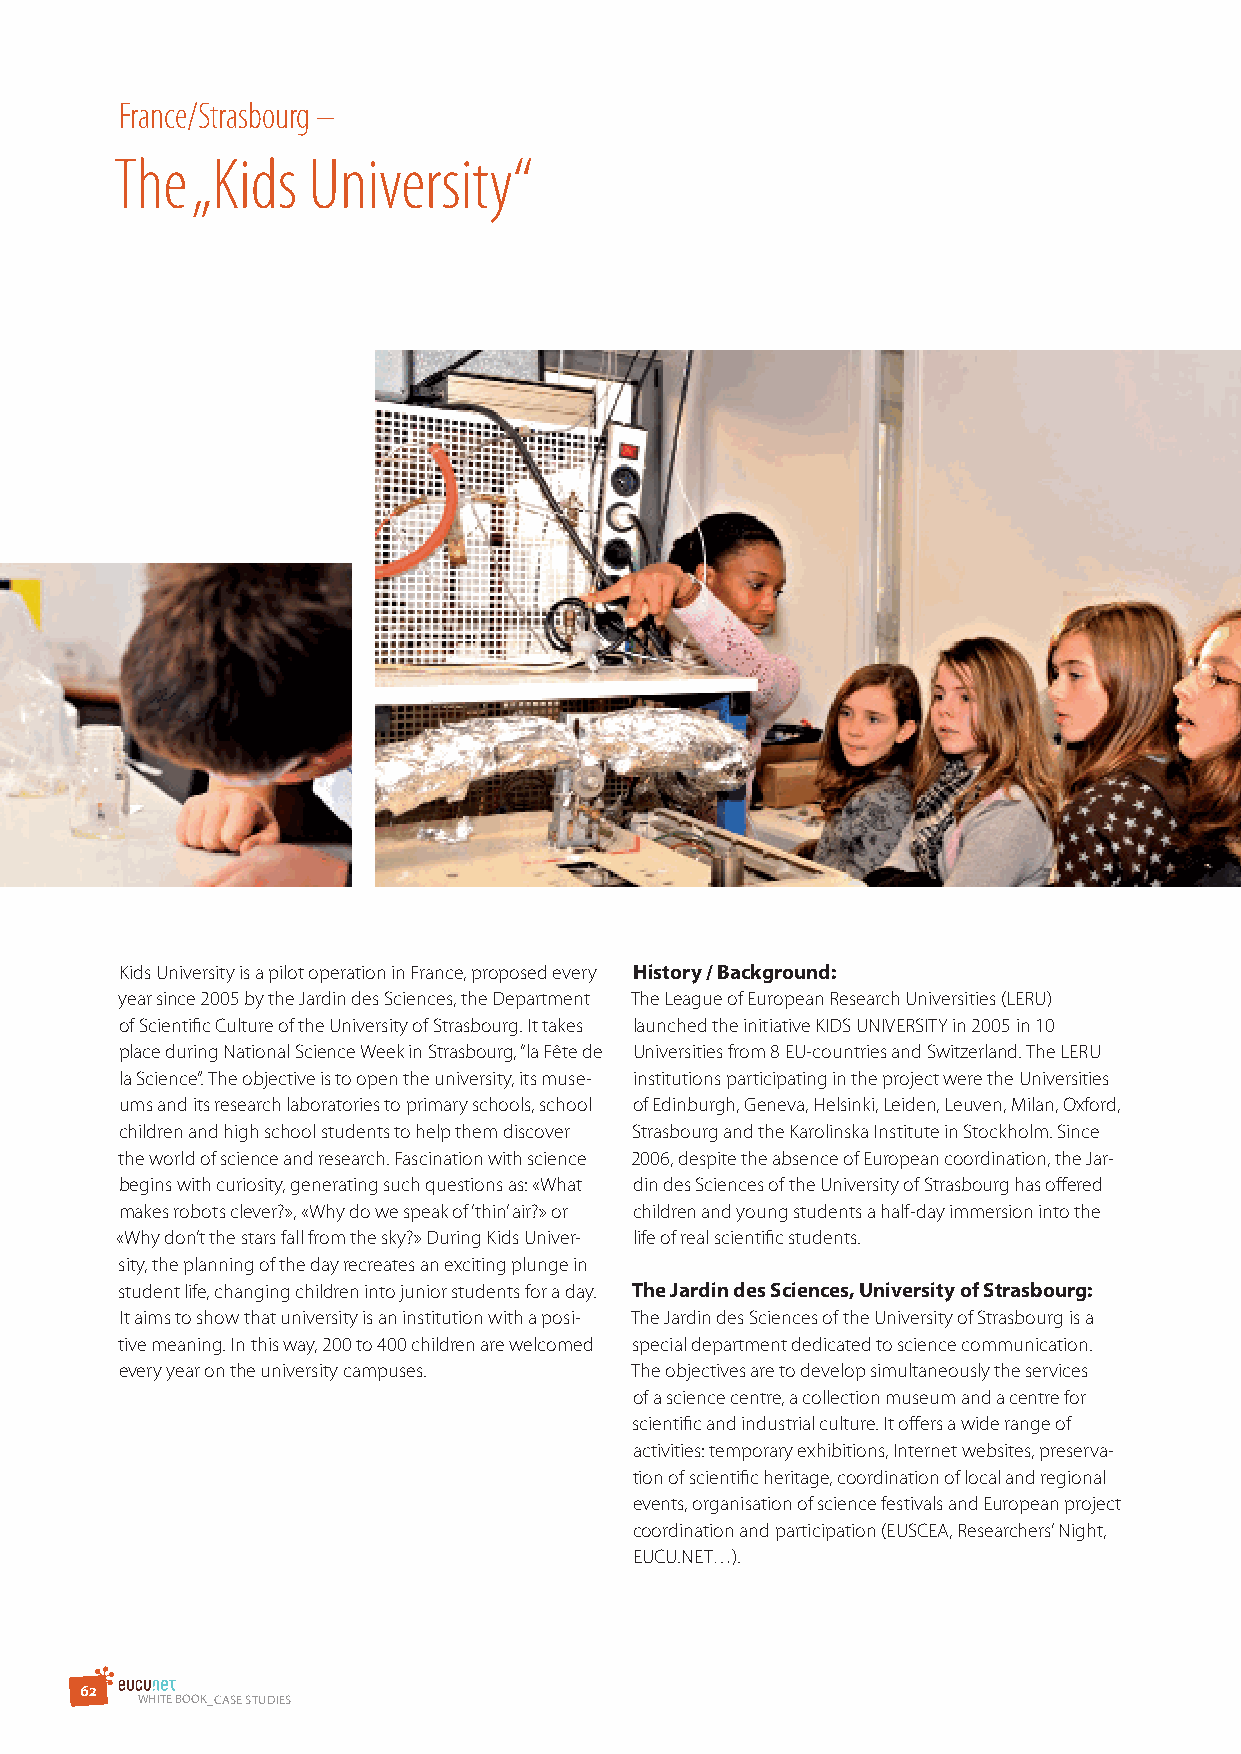
France/Strasbourg –
 The  „Kids  University“
 Kids University is a pilot operation in France, proposed every history / Background:
 year since 2005 by the Jardin des Sciences, the Department The League of European Research Universities (LERU)
 of Scientific Culture of the University of Strasbourg. It takes launched the initiative KIDS UNIVERSITY in 2005 in 10
 place during National Science Week in Strasbourg, “la Fête de Universities from 8 EU-countries and Switzerland. The LERU
 la Science”. The objective is to open the university, its muse- institutions participating in the project were the Universities
 ums and its research laboratories to primary schools, school of Edinburgh, Geneva, Helsinki, Leiden, Leuven, Milan, Oxford,
 children and high school students to help them discover Strasbourg and the Karolinska Institute in Stockholm. Since
 the world of science and research. Fascination with science 2006, despite the absence of European coordination, the Jar-
 begins with curiosity, generating such questions as: «What din des Sciences of the University of Strasbourg has offered
 makes robots clever?», «Why do we speak of ‘thin’ air?» or children and young students a half-day immersion into the
 «Why don’t the stars fall from the sky?» During Kids Univer- life of real scientific students.
 sity, the planning of the day recreates an exciting plunge in
 student life, changing children into junior students for a day. The Jardin des sciences, University of strasbourg:
 It aims to show that university is an institution with a posi- The Jardin des Sciences of the University of Strasbourg is a
 tive meaning. In this way, 200 to 400 children are welcomed special department dedicated to science communication.
 every year on the university campuses. The objectives are to develop simultaneously the services
 of a science centre, a collection museum and a centre for
 scientific and industrial culture. It offers a wide range of
 activities: temporary exhibitions, Internet websites, preserva-
 tion of scientific heritage, coordination of local and regional
 events, organisation of science festivals and European project
 coordination and participation (EUSCEA, Researchers’ Night,
 EUCU.NET…).
 6 2
 WHITE BOOK_CAsE sTudIEs